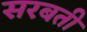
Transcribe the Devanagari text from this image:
सरबती